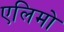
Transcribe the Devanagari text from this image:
एलिमो